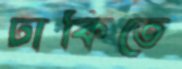
ঢাকিতে